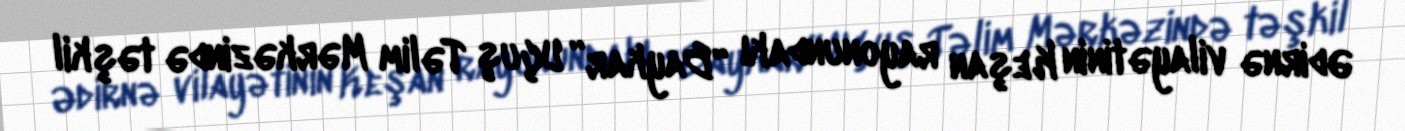
Ədirnə vilayətinin Keşan rayonundakı “Baykar” Uçuş Təlim Mərkəzində təşkil